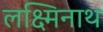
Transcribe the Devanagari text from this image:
लक्ष्मिनाथ